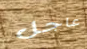
عاجل